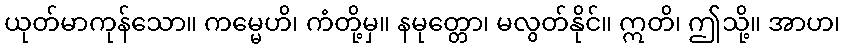
ယုတ်မာကုန်သော။ ကမ္မေဟိ၊ ကံတို့မှ။ နမုတ္တော၊ မလွတ်နိုင်။ ဣတိ၊ ဤသို့။ အာဟ၊